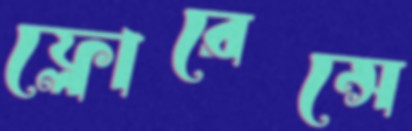
ফ্লোরেন্সে